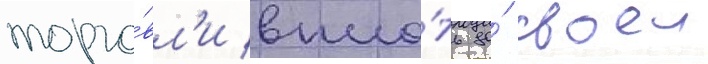
торго́вл'и впло́ть до́ своеи